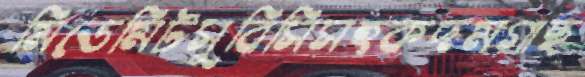
মিডেমিটসুবিসিসহকদমগাছ